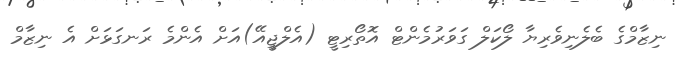
ނިޒާމްގެ ބެލެނިވެރިޔާ ލޯކަލް ގަވަރުމެންޓް އޮތޯރިޓީ (އެލްޖީއޭ)އަށް އެންމެ ރަނގަޅަށް އެ ނިޒާމް